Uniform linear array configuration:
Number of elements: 64
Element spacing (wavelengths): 0.5
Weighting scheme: kaiser
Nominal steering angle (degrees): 45
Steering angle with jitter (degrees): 46.228
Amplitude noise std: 0.05
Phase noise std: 0.05

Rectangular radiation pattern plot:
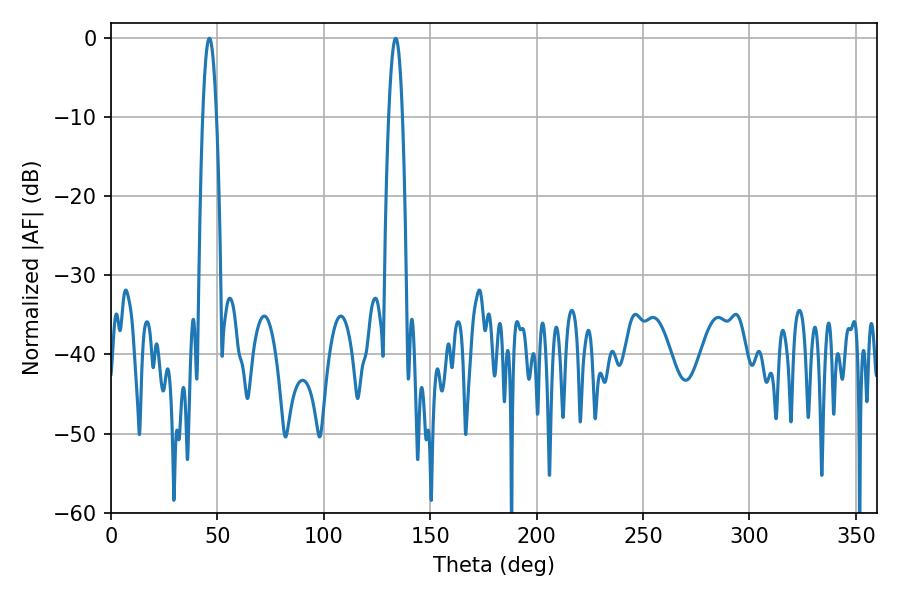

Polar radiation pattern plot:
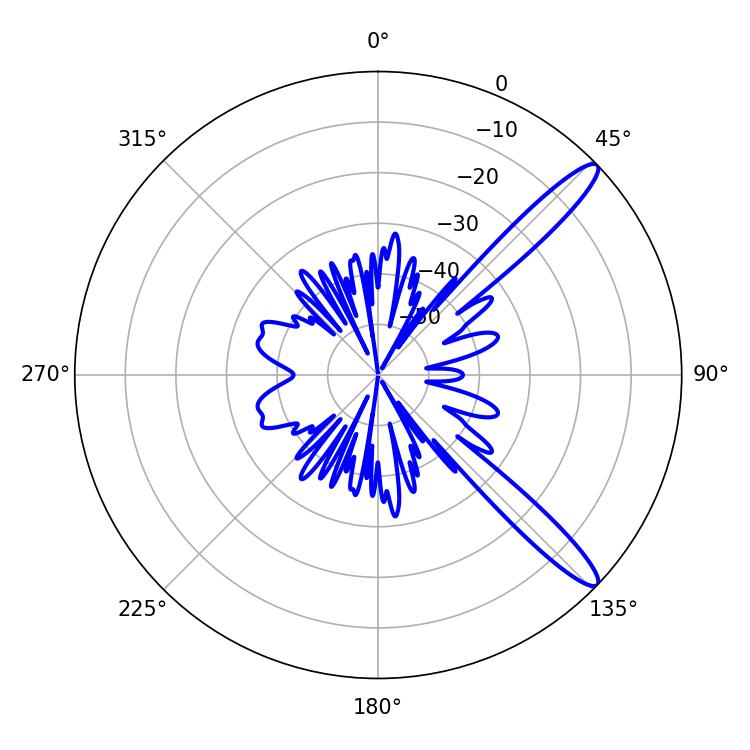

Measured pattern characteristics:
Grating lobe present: FALSE
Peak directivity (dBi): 13.118
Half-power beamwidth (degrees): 3.6
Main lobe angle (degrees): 46.26